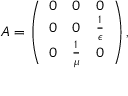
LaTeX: A = \left( { \begin{array} { l l l } { 0 } & { 0 } & { 0 } \\ { 0 } & { 0 } & { { \frac { 1 } { \epsilon } } } \\ { 0 } & { { \frac { 1 } { \mu } } } & { 0 } \end{array} } \right) ,